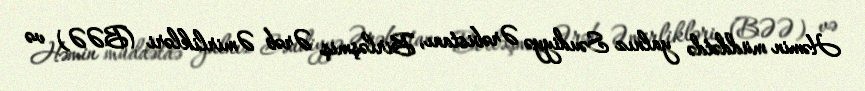
Həmin müddətdə yalnız Səudiyyə Ərəbistanı, Birləşmiş Ərəb Əmirlikləri (BƏƏ) və